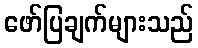
ဖော်ပြချက်များသည်